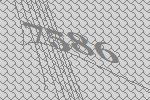
7586